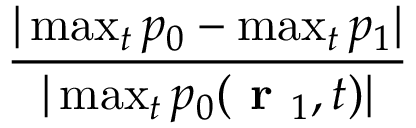
\frac { | \operatorname* { m a x } _ { t } p _ { 0 } - \operatorname* { m a x } _ { t } p _ { 1 } | } { | \operatorname* { m a x } _ { t } p _ { 0 } ( \textbf { r } _ { 1 } , t ) | }